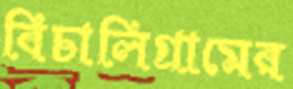
বিচালিগ্রামের